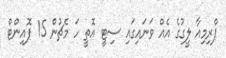
ޕްރިމިއާ ލީގުގެ އެއް ވަަނައިގައި ސިޓީ އޮތީ ހަ މެޗުން 15 ޕޮއިންޓް